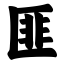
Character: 匪